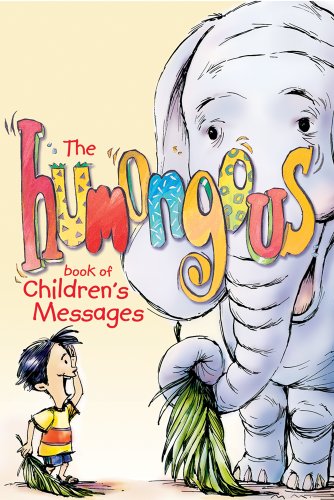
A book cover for The Humongous Book of Children's Messages; Group Publishing; Christian Books & Bibles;